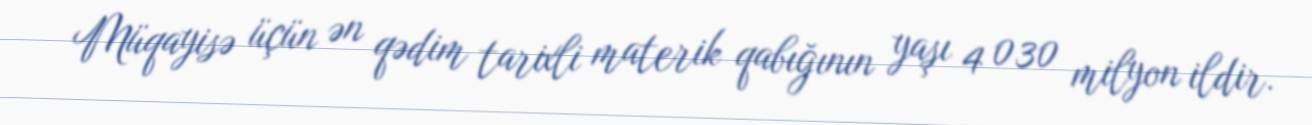
Müqayisə üçün ən qədim tarixli materik qabığının yaşı 4 030 milyon ildir.